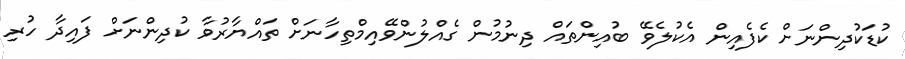
ކުޑަކުދިންނަށް ކެފެއިން އެކުލެވޭ ބުއިންތައް ދިނުމުން ގެއްލުންވޭއިމްތިހާނަށް ތައްޔާރުވާ ކުދިންނަށް ފައިދާ ހުރި